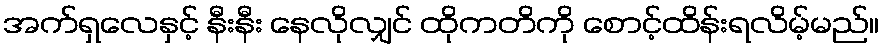
အက်ရှလေနှင့် နီးနီး နေလိုလျှင် ထိုကတိကို စောင့်ထိန်းရလိမ့်မည်။